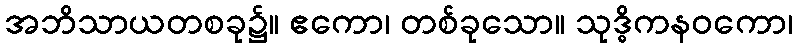
အဘိသာယတစခု၌။ ဧကော၊ တစ်ခုသော။ သုဒ္ဓိကနဝကော၊